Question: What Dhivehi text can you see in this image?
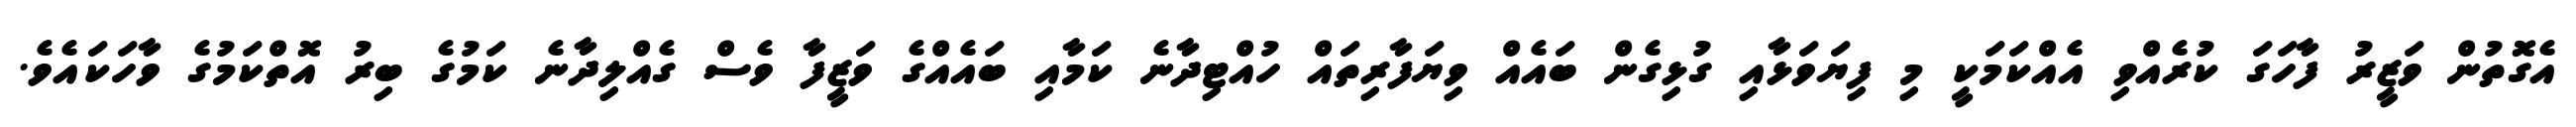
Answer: އެގޮތުން ވަޒީރު ފާހަގަ ކުރެއްވި އެއްކަމަކީ މި ފިޔަވަޅާއި ގުޅިގެން ބައެއް ވިޔަފާރިތައް ހުއްޓިދާނެ ކަމާއި ބައެއްގެ ވަޒީފާ ވެސް ގެއްލިދާނެ ކަމުގެ ބިރު އޮތްކަމުގެ ވާހަކައެވެ.